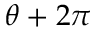
\theta + 2 \pi